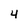
Character: 4